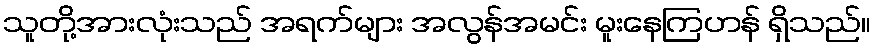
သူတို့အားလုံးသည် အရက်များ အလွန်အမင်း မူးနေကြဟန် ရှိသည်။